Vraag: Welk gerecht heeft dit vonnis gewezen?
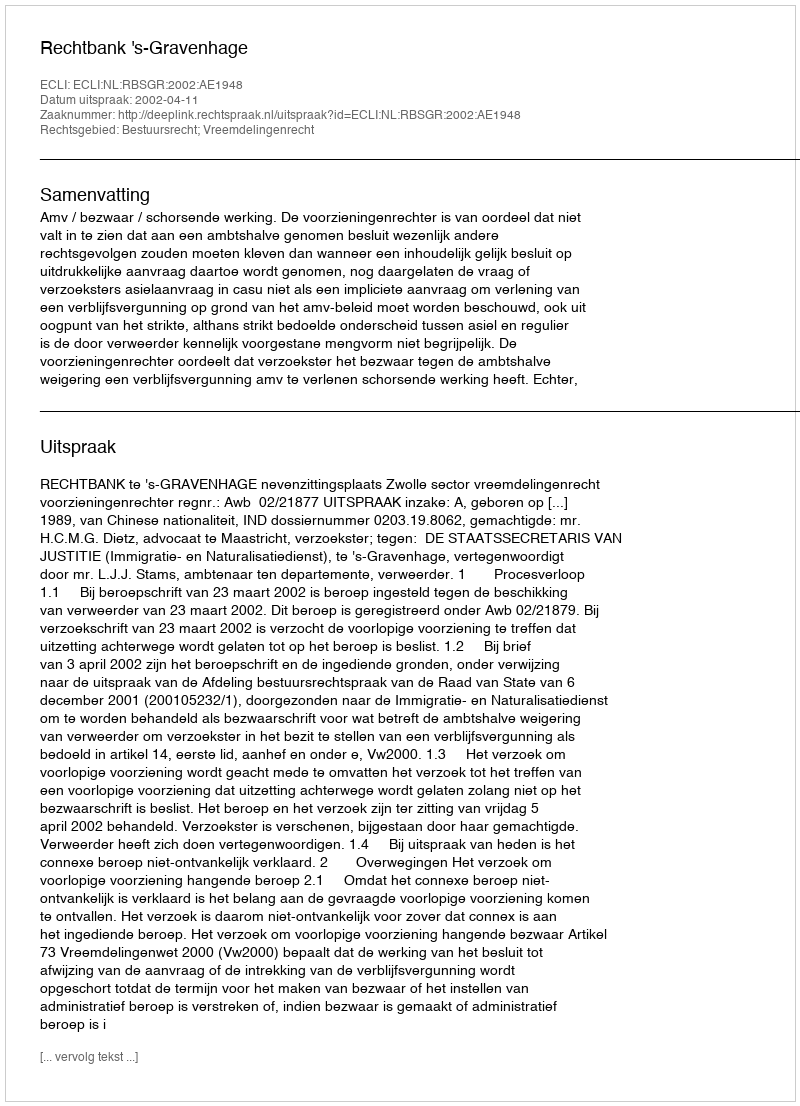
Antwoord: Rechtbank 's-Gravenhage